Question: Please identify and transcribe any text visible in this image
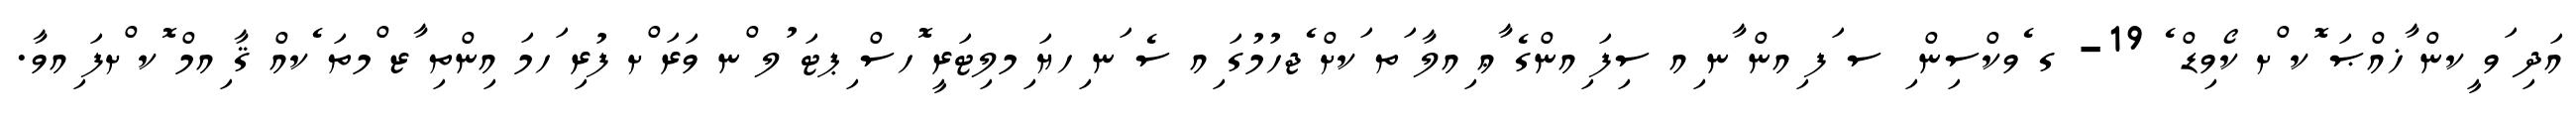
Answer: އަދި ަވ ީކން ާޚއްޞަ ޮކ ްށ ކޯވިޑް ެ 19- ގ ެވކްސިން ި ސ ަފ ިއން ާނ ިއ ސިފަ ިއންގެ ާޢ ިއލާ ަތ ަކށް ެޖހުމުގަ ިއ ސެ ަނ ިހޔަ ިމލިޓަރީ ޮހސް ިޕޓަ ުލ ްނ ވަރަ ްށ ފުރި ަހމަ އިންތި ާޒ ްމތަ ެކއް ޤާ ިއމް ޮކ ްށފަ ިއވާ.